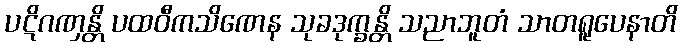
ပဋိဂဏှန္တိ ပထဝီကသိဏေန သုခဒုက္ခန္တိ သညာဘူတံ သာတရူပေနာတိ